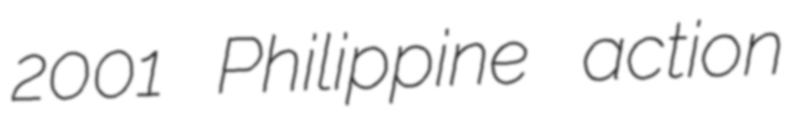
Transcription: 2001 Philippine action